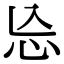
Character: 㤀